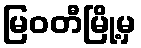
မြဝတီမြို့မှ